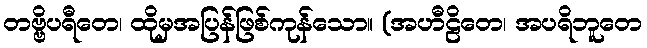
တဗ္ဗိပရီတေ၊ ထိုမှအပြန်ဖြစ်ကုန်သော။ (အဟီဠိတေ၊ အပရိဘူတေ